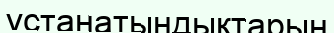
ұстанатындықтарын